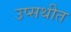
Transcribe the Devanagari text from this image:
उप्सथीत